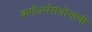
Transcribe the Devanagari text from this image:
कर्मधर्मसंयोगाची